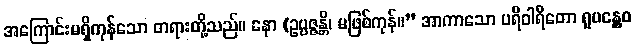
အကြောင်းမရှိကုန်သော တရားတို့သည်။ နော (ဥပ္ပဇ္ဇန္တိ၊ မဖြစ်ကုန်။” အာကာသော ပရိဝါရိတော ရူပန္တွေဝ